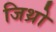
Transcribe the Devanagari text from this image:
जिथ्रो